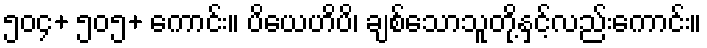
၅၀၄+ ၅၀၅+ ကောင်း။ ပိယေဟိပိ၊ ချစ်သောသူတို့နှင့်လည်းကောင်း။